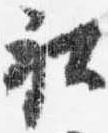
社